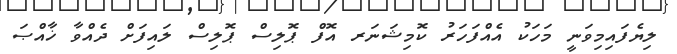
ލިޔެފައިމިވަނީ މަހަކު އެއްފަހަރު ކޮމިޝަނަރ އޮފް ޕޮލިސް ޕޮލިސް ލައިފަށް ދެއްވާ ޚާއްޞަ